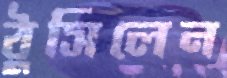
ঠুসিলেন